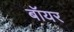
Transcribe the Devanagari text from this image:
बॉयर